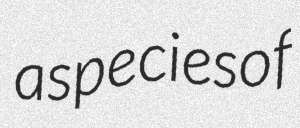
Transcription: a species of